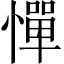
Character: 憚